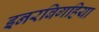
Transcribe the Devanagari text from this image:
इनरबिगहिया